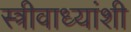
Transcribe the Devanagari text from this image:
स्त्रीवाध्यांशी